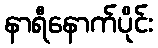
နာရီနောက်ပိုင်း